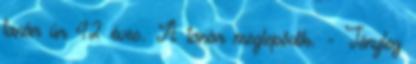
tanár úr 42 éves. A tanár meglepődik. - Tényleg